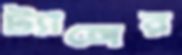
ট্যাঙ্গের